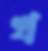
খ